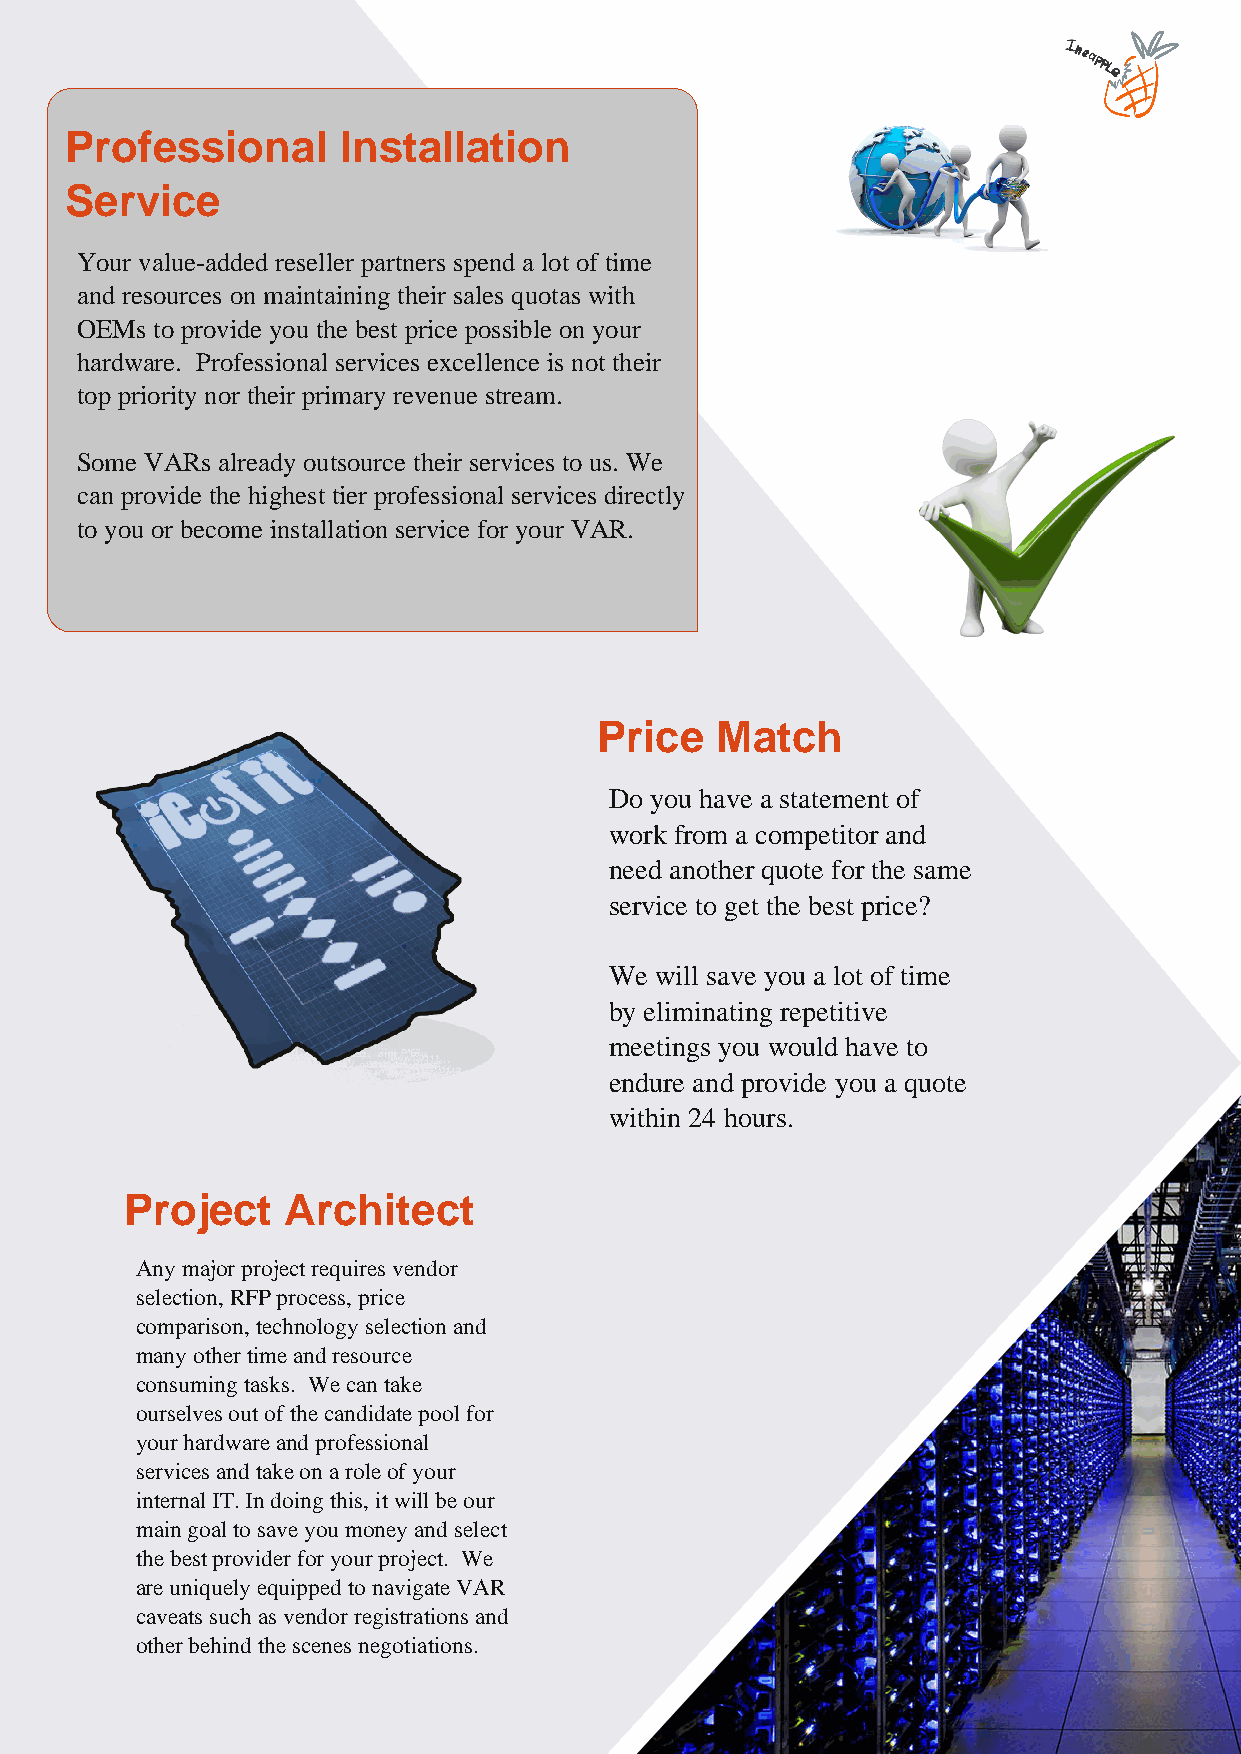
Professional      Installation
 Service
 Your value-added reseller partners spend a lot of time
 and resources on maintaining their sales quotas with
 OEMs to provide you the best price possible on your
 hardware. Professional services excellence is not their
 top priority nor their primary revenue stream.
 Some VARs already outsource their services to us. We
 can provide the highest tier professional services directly
 to you or become installation service for your VAR.
 Price   Match
 Do you have a statement of
 work from a competitor and
 need another quote for the same
 service to get the best price?
 We will save you a lot of time
 by eliminating repetitive
 meetings you would have to
 endure and provide you a quote
 within 24 hours.
 Project    Architect
 Any major project requires vendor
 selection, RFP process, price
 comparison, technology selection and
 many other time and resource
 consuming tasks. We can take
 ourselves out of the candidate pool for
 your hardware and professional
 services and take on a role of your
 internal IT. In doing this, it will be our
 main goal to save you money and select
 the best provider for your project. We
 are uniquely equipped to navigate VAR
 caveats such as vendor registrations and
 other behind the scenes negotiations.
 Powered by TCPDF (www.tcpdf.org)